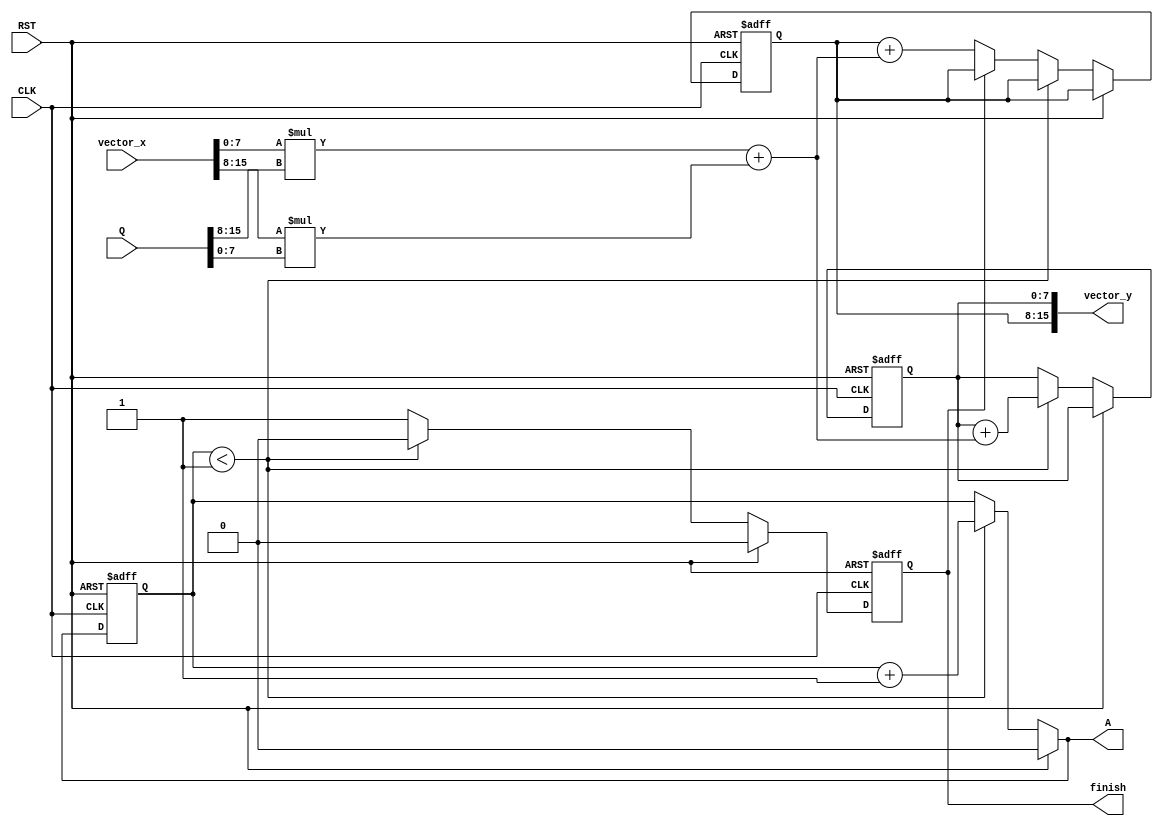
// v1. Author: Nae-Chyun Chen
// v2. Author: Yan-Lun Wu
// 2019 Fall, Computer Architecture
// Lecturer: Prof. Yi-Chang Lu

module matvec2x2(
    CLK,
    RST,
    vector_x,
    vector_y,
    Q,
    A,
    finish
);

input               CLK;
input               RST;
input       [15:0]  vector_x;
output reg  [15:0]  vector_y;
input       [15:0]  Q;
output reg          A;
output reg          finish;

integer             i;
reg     [7:0]       vector_x_r [0:1], vector_x_w [0:1];
reg     [7:0]       part_matrix_a_r [0:1], part_matrix_a_w [0:1];
reg     [7:0]       vector_y_r [0:1], vector_y_w [0:1];
reg                 finish_r, finish_w;
reg     [7:0]       temp;
reg                 counter_r, counter_w;

always @(*) begin
    // vector_x_w: stores input data x
    vector_x_w[0]=vector_x[7:0];
    vector_x_w[1]=vector_x[15:8];
    // vector_y_w: stores output data y
    vector_y_w[1] = vector_y_r[1];
    vector_y_w[0] = vector_y_r[0];
    // part_matrix_a_w: stores input data from A
    part_matrix_a_w[0]=Q[7:0];
    part_matrix_a_w[1]=Q[15:8];

    // temp: computes a1*x1+a2*x2
    temp = 
        vector_x_w[0]*part_matrix_a_w[1]+
        vector_x_w[1]*part_matrix_a_w[0];

    finish_w = 1'b0;
    counter_w = counter_r;

    if (RST)
        counter_w = 1'b0;
    else if (counter_r < 1'b1) begin
        counter_w = counter_r + 1'b1;
        vector_y_w[0] = vector_y_r[0]+temp;
    end
    else begin
        // counter_r=1; prepare to raise finish_r and compute vector_y_w[1]
        finish_w = 1'b1;
        if (finish_r==1'b0)
            vector_y_w[1] = vector_y_r[1]+temp;
    end
    
    // output
    vector_y = { vector_y_r[1],vector_y_r[0] };
    finish = finish_r; // finish_r;
    A = counter_w;
end


always @(posedge CLK or posedge RST) begin
    if (RST) begin
        // reset
        counter_r <= 1'b0;
        finish_r <= 1'b0;
        // Note that the usage of 'for' in Verilog is different with c++
        for (i=0;i<2;i=i+1) begin
            vector_y_r[i] <= 1'b0;
            part_matrix_a_r[i] <= 1'b0;
        end
        // vector_y_r[1] <= 0;
        // vector_y_r[0] <= 0;
        // part_matrix_a_r[1] <= 0;
        // part_matrix_a_r[0] <= 0;
    end
    else begin
        counter_r <= counter_w;
        finish_r <= finish_w;
        for (i=0;i<2;i=i+1) begin
            vector_y_r[i] <= vector_y_w[i];
            part_matrix_a_r[i] <= part_matrix_a_w[i];
        end
        // vector_y_r[1] <= vector_y_w[1];
        // vector_y_r[0] <= vector_y_w[0];
        // part_matrix_a_r[1] <= part_matrix_a_w[1];
        // part_matrix_a_r[0] <= part_matrix_a_w[0];
    end
end

endmodule